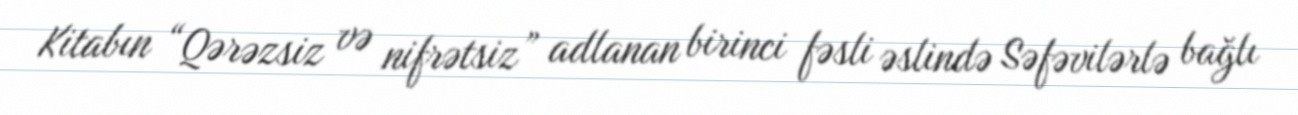
Kitabın “Qərəzsiz və nifrətsiz” adlanan birinci fəsli əslində Səfəvilərlə bağlı